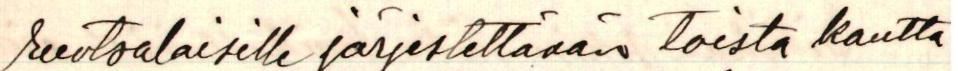
ruotsalaisille järjestettävän toista kautta